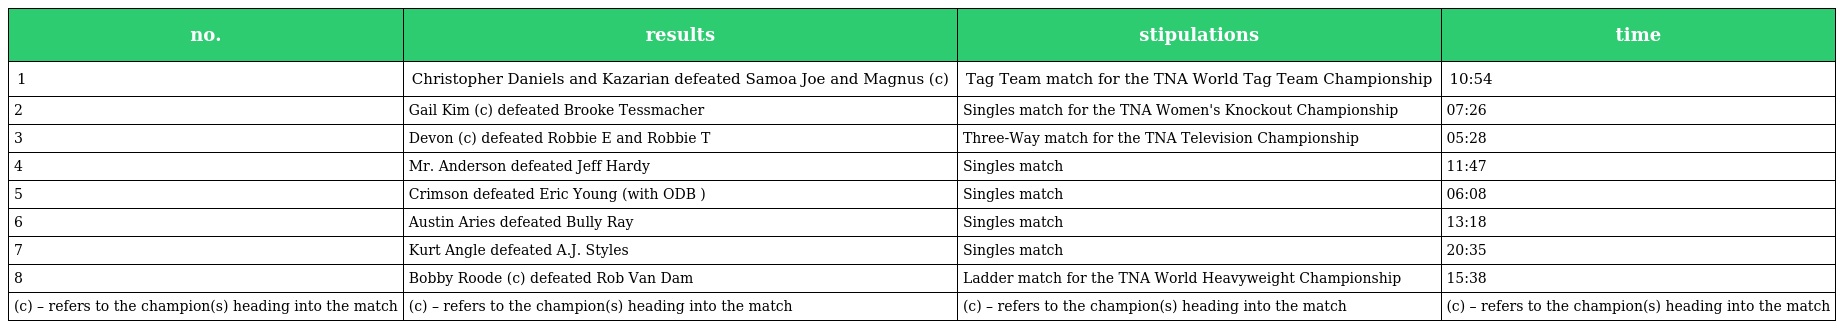
| no. | results | stipulations | time |
 | --- | --- | --- | --- |
 | 1 | Christopher Daniels and Kazarian defeated Samoa Joe and Magnus (c) | Tag Team match for the TNA World Tag Team Championship | 10:54 |
 | 2 | Gail Kim (c) defeated Brooke Tessmacher | Singles match for the TNA Women's Knockout Championship | 07:26 |
 | 3 | Devon (c) defeated Robbie E and Robbie T | Three-Way match for the TNA Television Championship | 05:28 |
 | 4 | Mr. Anderson defeated Jeff Hardy | Singles match | 11:47 |
 | 5 | Crimson defeated Eric Young (with ODB ) | Singles match | 06:08 |
 | 6 | Austin Aries defeated Bully Ray | Singles match | 13:18 |
 | 7 | Kurt Angle defeated A.J. Styles | Singles match | 20:35 |
 | 8 | Bobby Roode (c) defeated Rob Van Dam | Ladder match for the TNA World Heavyweight Championship | 15:38 |
 | (c) – refers to the champion(s) heading into the match | (c) – refers to the champion(s) heading into the match | (c) – refers to the champion(s) heading into the match | (c) – refers to the champion(s) heading into the match |